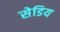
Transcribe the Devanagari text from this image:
सेडिय